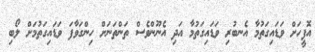
އޮފީހަށް ވަޑައިގަތުމާ އެނބުރި ވަޑައިގަތުމާ އަދި އެނޫންވެސް ތަންތަނަށް ހިންގަވާފަ ވަޑައިގަތުމަށް ލޯބި